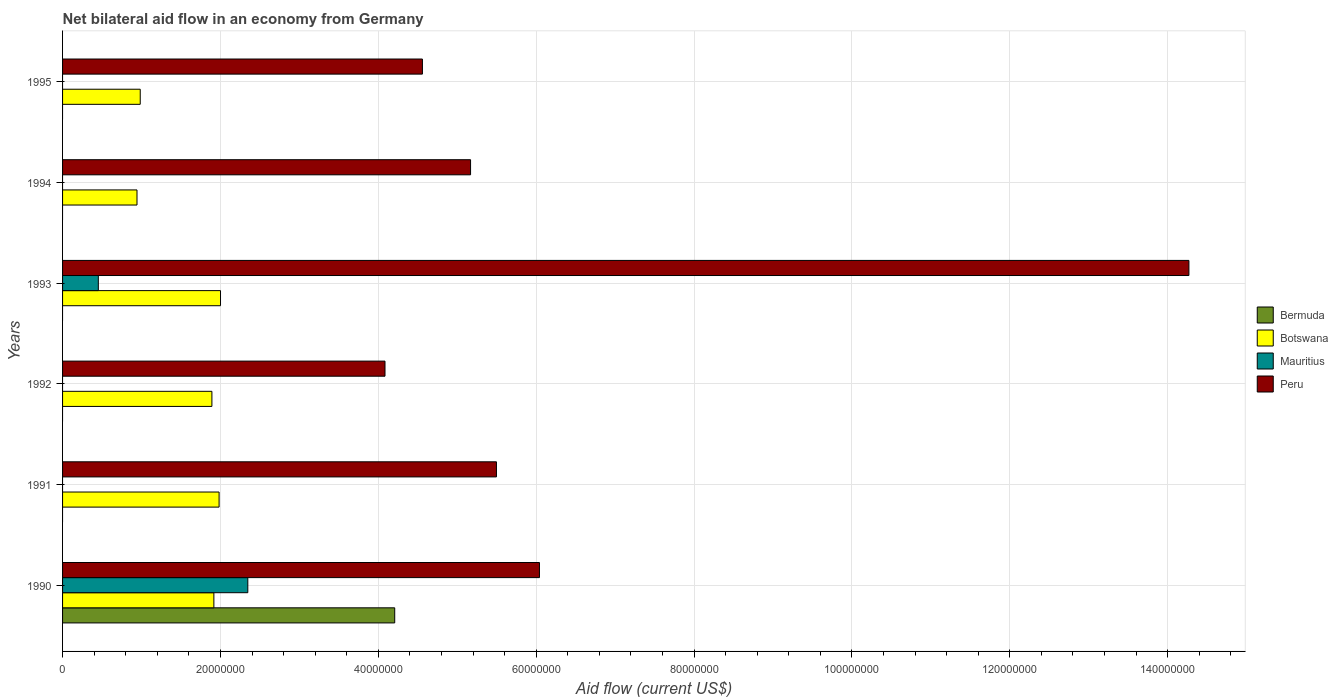
| Years | Bermuda | Botswana | Mauritius | Peru |
 | --- | --- | --- | --- | --- |
 | 1990 | 4.21e+07 | 1.92e+07 | 2.35e+07 | 6.04e+07 |
 | 1991 | -4.82e+06 | 1.98e+07 | -2.31e+06 | 5.5e+07 |
 | 1992 | -5.13e+06 | 1.89e+07 | -2.98e+06 | 4.08e+07 |
 | 1993 | -4.84e+06 | 2e+07 | 4.53e+06 | 1.43e+08 |
 | 1994 | -1.25e+07 | 9.43e+06 | -3.14e+06 | 5.17e+07 |
 | 1995 | -2.17e+06 | 9.84e+06 | -1.87e+07 | 4.56e+07 |